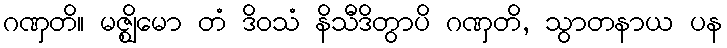
ဂဏှတိ။ မဇ္ဈိမော တံ ဒိဝသံ နိသီဒိတွာပိ ဂဏှတိ, သွာတနာယ ပန